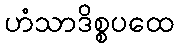
ဟံသာဒိစ္စပထေ